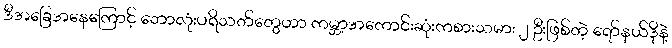
ဒီအခြေအနေကြောင့် ဘောလုံးပရိသတ်တွေဟာ ကမ္ဘာ့အကောင်းဆုံးကစားသမား ၂ ဦးဖြစ်တဲ့ ရော်နယ်ဒိုနဲ့